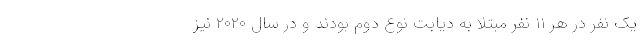
یک نفر در هر ۱۱ نفر مبتلا به دیابت نوع دوم بودند و در سال ۲۰۲۰ نیز